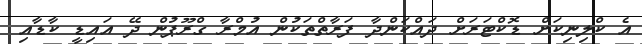
އެ ކްލިނިކަށް ޑޮކްޓަރަށް ދައްކަންދާ ފަރާތްތަކުން އުމްރާ ގްރޫޕުން ދޭ އައިޑީ ކާޑާއި